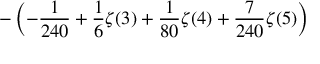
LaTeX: \displaystyle - \left( - \frac { 1 } { 2 4 0 } + \frac { 1 } { 6 } \zeta ( 3 ) + \frac { 1 } { 8 0 } \zeta ( 4 ) + \frac { 7 } { 2 4 0 } \zeta ( 5 ) \right)